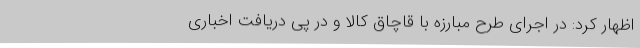
اظهار کرد: در اجرای طرح مبارزه با قاچاق کالا و در پی دریافت اخباری